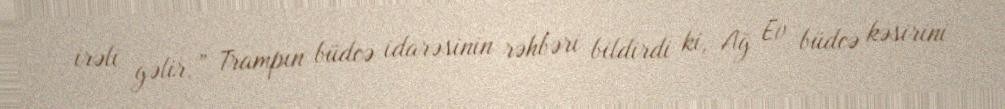
irəli gəlir.” Trampın büdcə idarəsinin rəhbəri bildirdi ki, Ağ Ev büdcə kəsirini